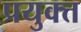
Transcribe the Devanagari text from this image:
प्रयुक्त्त